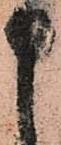
申